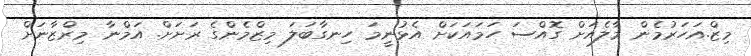
މިޒް.އަހަރުމެން މާލެއަށް ގޮއްސަ ހަމައަކަށް އެޅުނީމަ ހިނގާބަލަ މިޒްމެންގެ ރަށަށް. އަމްނާ މިރްޒާނަށް